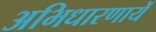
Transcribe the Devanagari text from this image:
अभिधारणायें